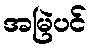
အမြဲပင်